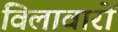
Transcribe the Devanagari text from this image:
विलावारों